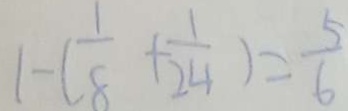
1 - ( \frac { 1 } { 8 } + \frac { 1 } { 2 4 } ) = \frac { 5 } { 6 }